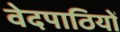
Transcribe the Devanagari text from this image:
वेदपाठियों